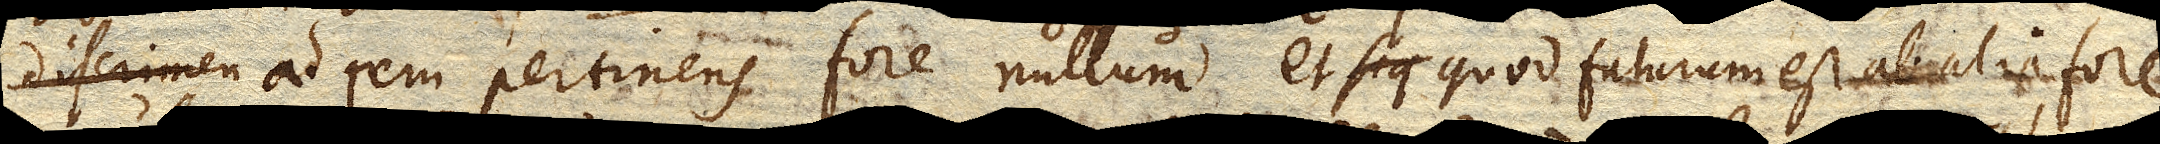
ad rem pertinens fore nullum, et quod futurum est ab alia fore